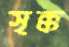
সৃক্ক